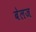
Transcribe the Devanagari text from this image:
बेलज